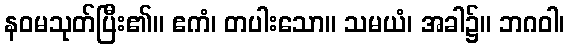
နဝမသုတ်ပြီး၏။ ဧကံ၊ တပါးသော။ သမယံ၊ အခါ၌။ ဘဂဝါ၊